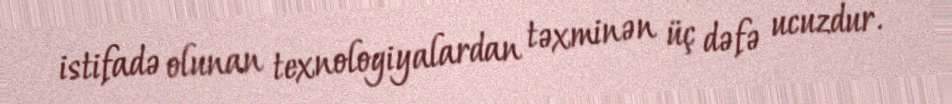
istifadə olunan texnologiyalardan təxminən üç dəfə ucuzdur.